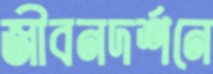
জীবনদর্শনে